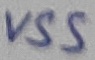
Text: VSS